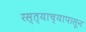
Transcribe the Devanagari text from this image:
रस्त्याच्यापासून